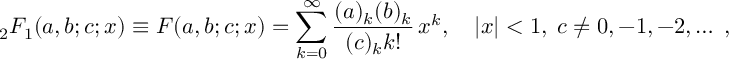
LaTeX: { } _ { 2 } F _ { 1 } ( a , b ; c ; x ) \equiv F ( a , b ; c ; x ) = \sum _ { k = 0 } ^ { \infty } { \frac { ( a ) _ { k } ( b ) _ { k } } { ( c ) _ { k } k ! } } \, x ^ { k } , \quad | x | < 1 , \; c \ne 0 , - 1 , - 2 , \ldots \; ,